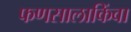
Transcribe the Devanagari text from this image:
फणसालाकिंवा